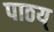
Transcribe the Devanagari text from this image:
पाठय्